Leaving Certificate Examination (including Day School Certificate (Higher) General paper), 1933
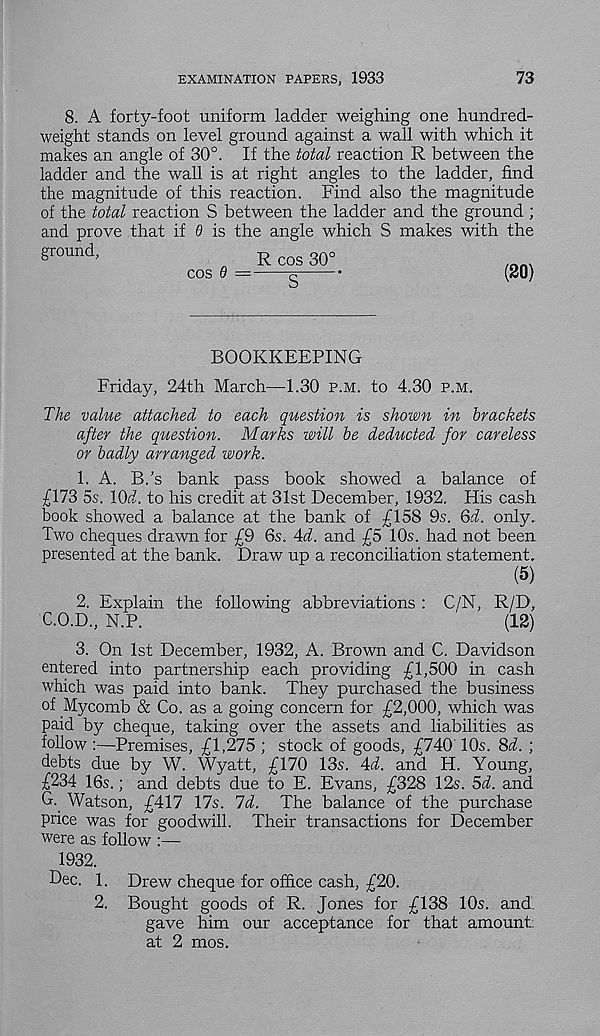
EXAMINATION PAPERS, 1933
73
8. A forty-foot uniform ladder weighing one hundred-
weight stands on level ground against a wall with which it
makes an angle of 30°. If the total reaction R between the
ladder and the wall is at right angles to the ladder, find
the magnitude of this reaction. Find also the magnitude
of the total reaction S between the ladder and the ground ;
and prove that if 0 is the angle which S makes with the
grmmd '
R cos 30”
cos 6 —
i
•
(20)
BOOKKEEPING
Friday, 24th March—1.30 p.m. to 4.30 p.m.
The value attached to each question is shown in brackets
after the question. Marks will be deducted for careless
or badly arranged work.
1. A. B.’s bank pass book showed a balance of
£173 5s. lOd. to his credit at 31st December, 1932. His cash
book showed a balance at the bank of £158 9s. Qd. only.
Two cheques drawn for £9 6s. 4d. and £5 10s. had not been
presented at the bank. Draw up a reconciliation statement.
(5)
2. Explain the following abbreviations : C/N, R/D,
C.O.D., N.P.
(12)
3. On 1st December, 1932, A. Brown and C. Davidson
entered into partnership each providing £1,500 in cash
which was paid into bank. They purchased the business
of .Mycomb & Co. as a going concern for £2,000, which was
paid by cheque, taking over the assets and liabilities as
follow :—Premises, £1,275 ; stock of goods, £740 10s. 8d. ;
debts due by W. Wyatt, £170 13s. 4d. and H. Young,
£234 16s.; and debts due to E. Evans, £328 12s. 5d. and
G. Watson, £417 17s. 7d. The balance of the purchase
price was for goodwill. Their transactions for December
were as follow :—
1932.
Dec. 1. Drew cheque for office cash, £20.
2. Bought goods of R. Jones for £138 10s. and.
gave him our acceptance for that amount
at 2 mos.